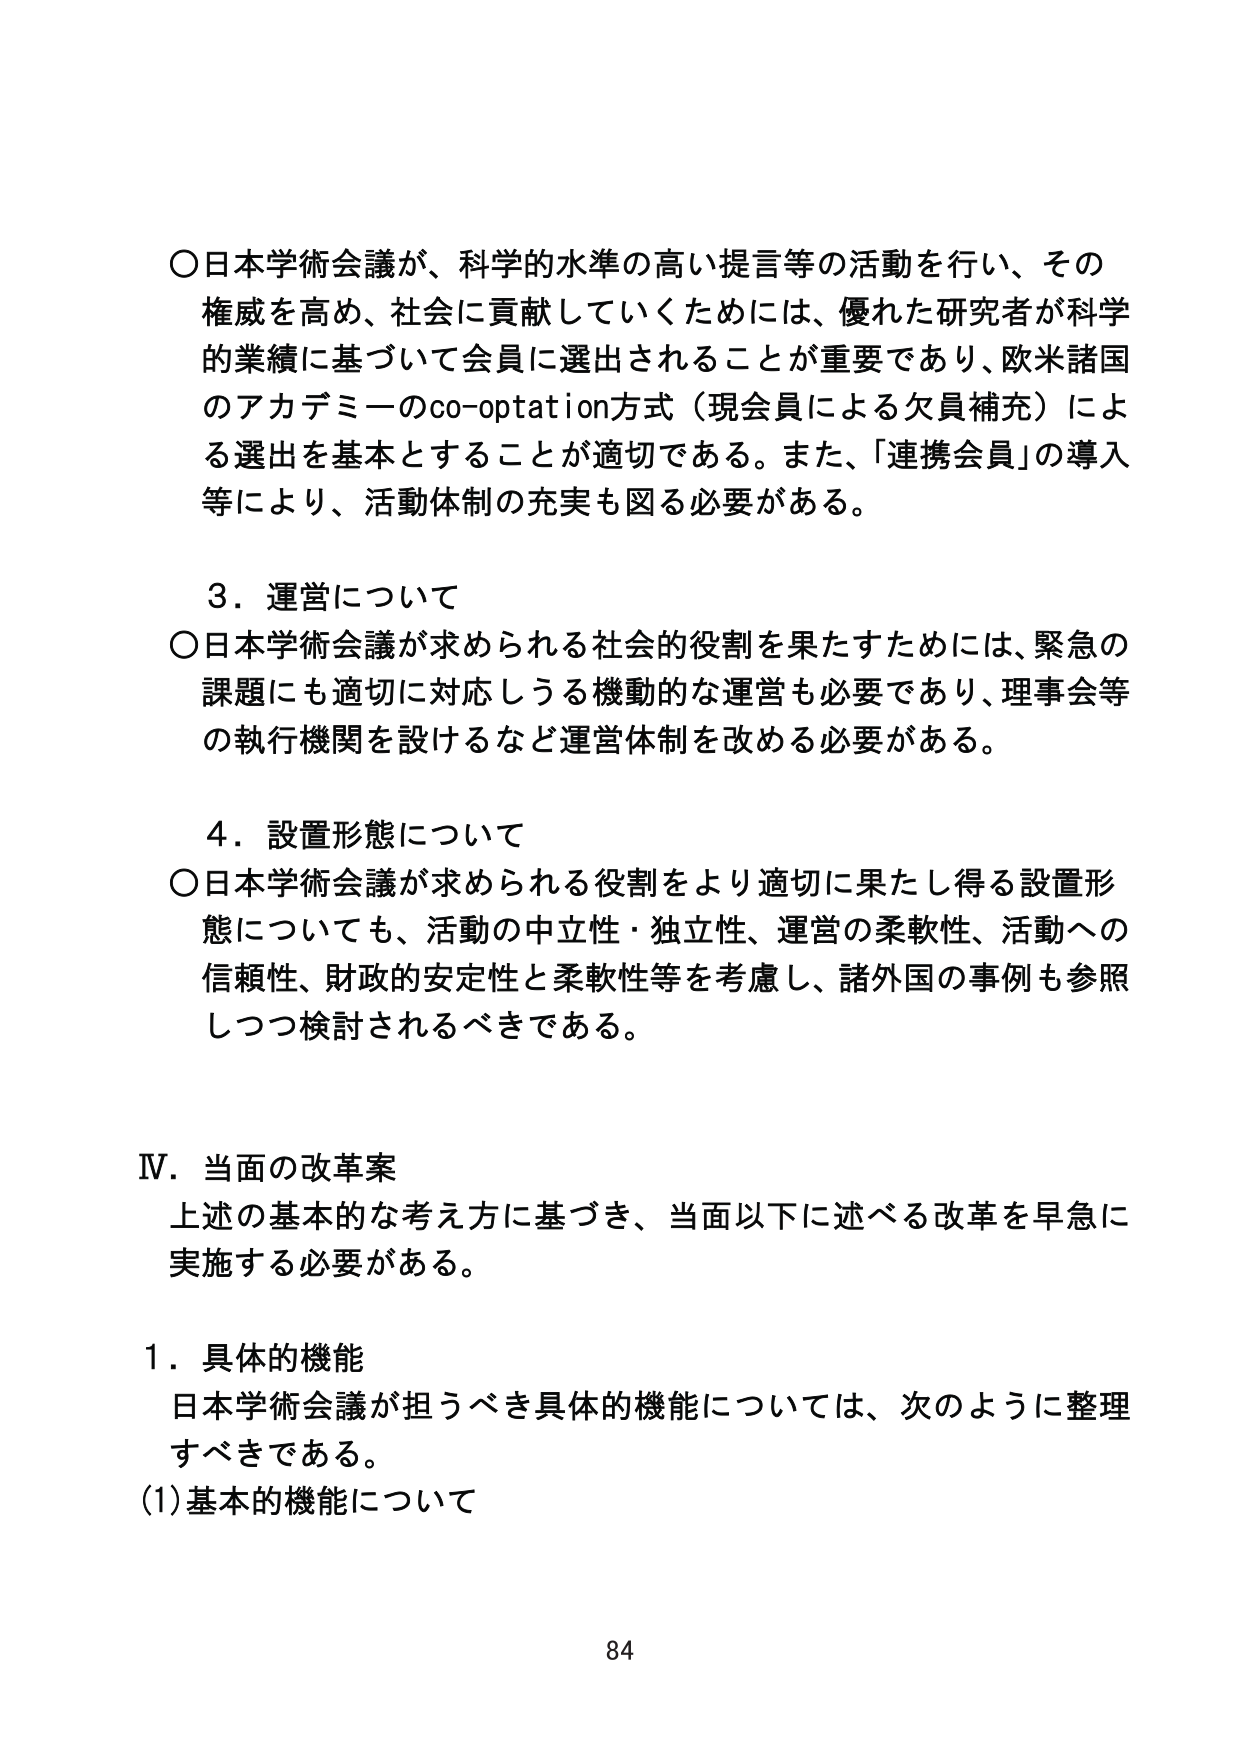
○日本学術会議が、科学的水準の高い提言等の活動を行い、その権威を高め、社会に貢献していくためには、優れた研究者が科学的業績に基づいて会員に選出されることが重要であり、欧米諸国のアカデミーのco-optation方式（現会員による欠員補充）による選出を基本とすることが適切である。また、「連携会員」の導入等により、活動体制の充実も図る必要がある。

３．運営について
○日本学術会議が求められる社会的役割を果たすためには、緊急の課題にも適切に対応しうる機動的な運営も必要であり、理事会等の執行機関を設けるなど運営体制を改める必要がある。

４．設置形態について
○日本学術会議が求められる役割をより適切に果たし得る設置形態についても、活動の中立性・独立性、運営の柔軟性、活動への信頼性、財政的安定性と柔軟性等を考慮し、諸外国の事例も参照しつつ検討されるべきである。

Ⅳ．当面の改革案
上述の基本的な考え方に基づき、当面以下に述べる改革を早急に実施する必要がある。

１．具体的機能
日本学術会議が担うべき具体的機能については、次のように整理すべきである。
(1) 基本的機能について

84